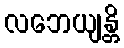
လဘေယျန္တိ